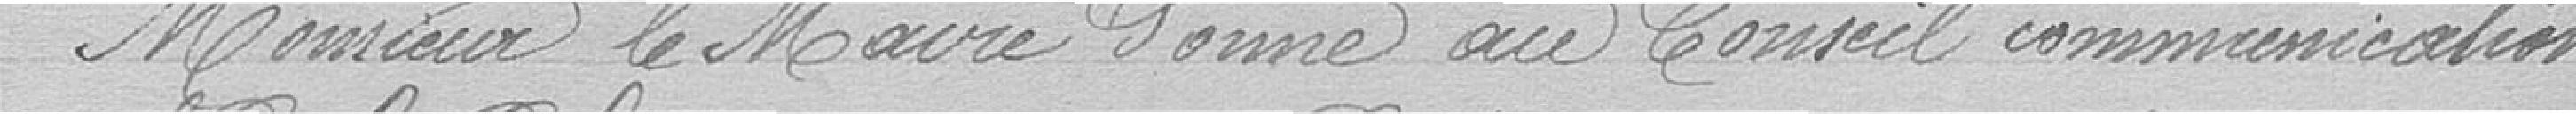
Monsieur le Maire donne au Conseil communication